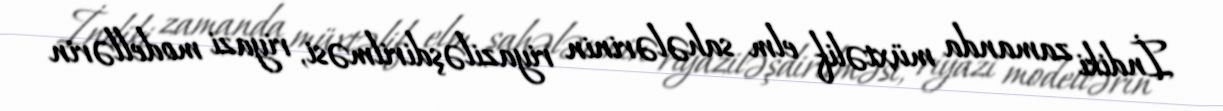
İndiki zamanda müxtəlif elm sahələrinin riyaziləşdirilməsi, riyazi modellərin